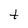
Character: t